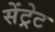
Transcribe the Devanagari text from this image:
सेंट्रेट